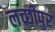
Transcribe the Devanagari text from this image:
लच्छीपुर